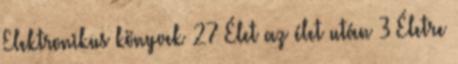
Elektronikus könyvek 27 Élet az élet után 3 Életre